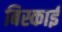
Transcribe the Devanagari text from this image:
बिस्काई